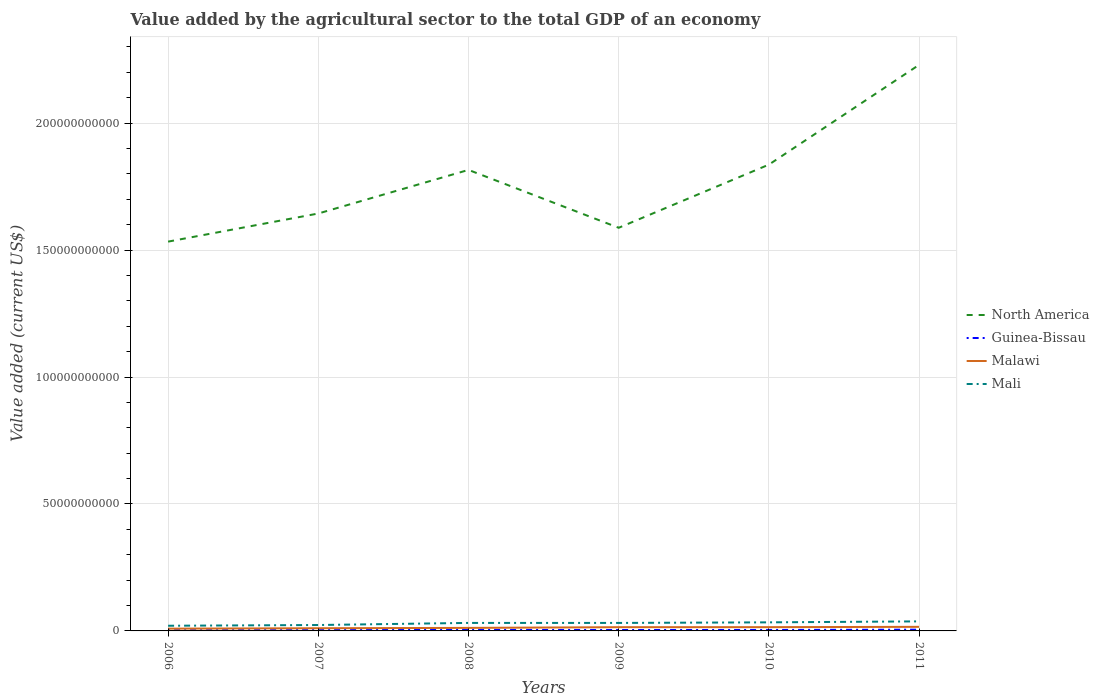
| Years | North America | Guinea-Bissau | Malawi | Mali |
 | --- | --- | --- | --- | --- |
 | 2006 | 1.53e+11 | 2.48e+08 | 8.95e+08 | 2.03e+09 |
 | 2007 | 1.64e+11 | 2.98e+08 | 1.06e+09 | 2.33e+09 |
 | 2008 | 1.82e+11 | 4.01e+08 | 1.19e+09 | 3.15e+09 |
 | 2009 | 1.59e+11 | 3.61e+08 | 1.47e+09 | 3.15e+09 |
 | 2010 | 1.84e+11 | 3.8e+08 | 1.48e+09 | 3.38e+09 |
 | 2011 | 2.23e+11 | 4.91e+08 | 1.6e+09 | 3.76e+09 |